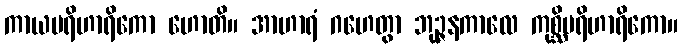
ကာယပရိဟာရိကော ဟောတိ။ အာဟာရံ ဂဟေတွာ ဘုဉ္ဇနကာလေ ကုစ္ဆိပရိဟာရိကော။